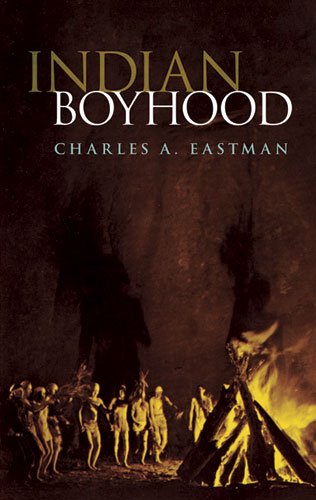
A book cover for Indian Boyhood (Native American); Charles A. Eastman; Biographies & Memoirs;